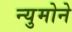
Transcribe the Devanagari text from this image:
न्युमोने